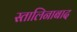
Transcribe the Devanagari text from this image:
स्तालिनाबाद